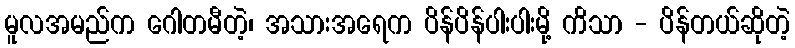
မူလအမည်က ဂေါတမီတဲ့၊ အသားအရေက ပိန်ပိန်ပါးပါးမို့ ကိသာ - ပိန်တယ်ဆိုတဲ့